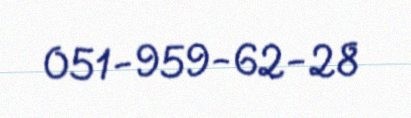
051-959-62-28